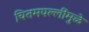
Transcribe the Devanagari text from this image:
चितमपल्लींमुळे